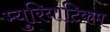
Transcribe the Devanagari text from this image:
म्युरियाटिकम